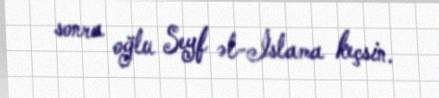
sonra oğlu Seyf əl-İslama keçsin.